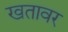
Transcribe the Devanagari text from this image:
खतावर